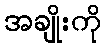
အချိုးကို